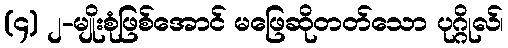
(၄) ၂-မျိုးစုံဖြစ်အောင် မဖြေဆိုတတ်သော ပုဂ္ဂိုလ်၊